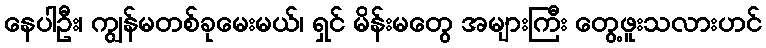
နေပါဦး၊ ကျွန်မတစ်ခုမေးမယ်၊ ရှင် မိန်းမတွေ အများကြီး တွေ့ဖူးသလားဟင်